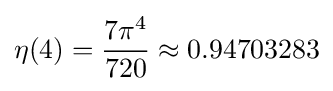
\eta (4)={{7\pi ^{4}} \over 720}\approx 0.94703283